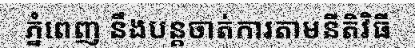
ភ្នំពេញ នឹងបន្តចាត់ការតាមនីតិវិធី